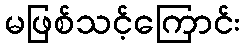
မဖြစ်သင့်ကြောင်း